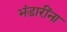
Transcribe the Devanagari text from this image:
भंडारींना